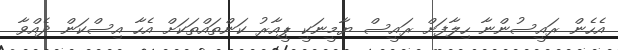
އެހެން ރައީސުންނާ ހިލާފަށް ރައީސް ޔާމީނަކީ ޕީއާރު ކަންތައްތަކަށް އެހާ އިސްކަން ދެއްވާ